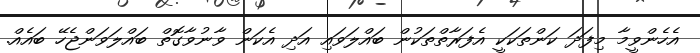
އެހެންވީމާ މިފަދަ ކަންތަކަކީ އެފަރާތްތަކުން ބައްލަވައި އަދި އެކަން ވާނުވާގޮތް ބައްލަވަންޖެހޭ ބައެއް.